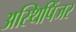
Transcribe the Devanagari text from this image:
अस्थिपिंजर